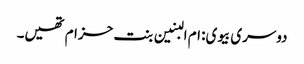
دوسری بیوی: ام البنین بنت حزام تھیں۔